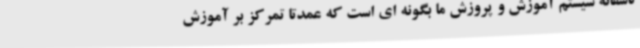
تاسفانه سیستم آموزش و پروزش ما بگونه ای است که عمدتا تمرکز بر آموزش